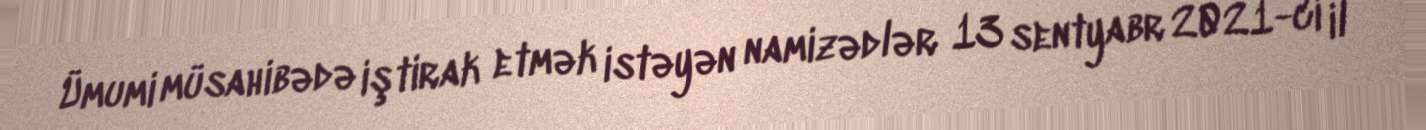
Ümumi müsahibədə iştirak etmək istəyən namizədlər 13 sentyabr 2021-ci il